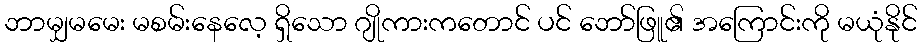
ဘာမျှမမေး မစမ်းနေလေ့ ရှိသော ဂျိုကားကတောင် ပင် ဘော်ဖြူ၏ အကြောင်းကို မယုံနိုင်